Annual administration report of the Civil Veterinary Department of India - 1898-1899
Year: 1898
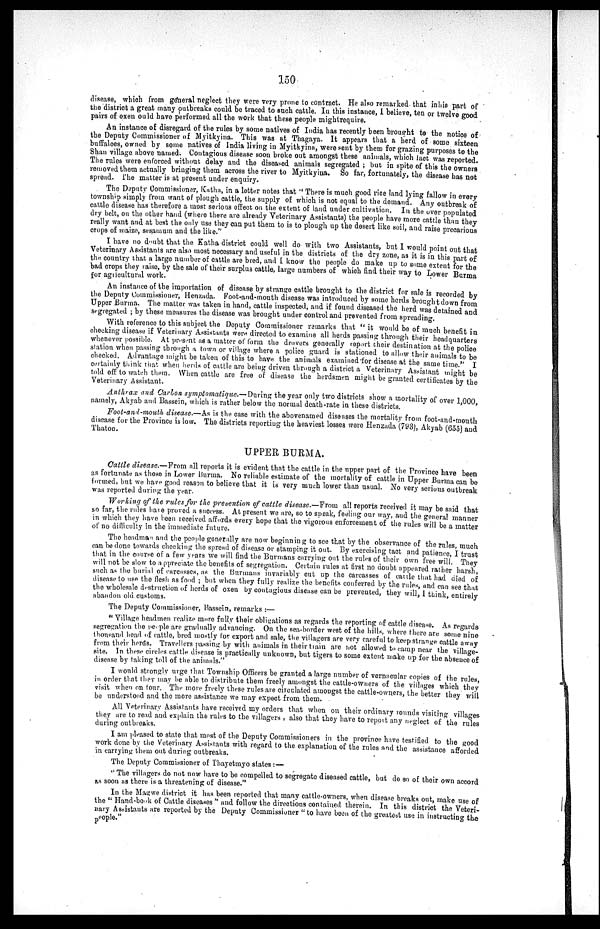
150
disease, which from general neglect they were very prone to contract. He also remarked that in his part of
the district a great many outbreaks could be traced to such cattle. In this instance, I believe, ten or twelve good
pairs of oxen ould have performed all the work that these people mightrequire.
An instance of disregard of the rules by some natives of India has recently been brought to the notice of
the Deputy Commissioner of Myitkyina. This was at Thagaya. It appears that a herd of some sixteen
buffaloes, owned by some natives of India living in Myitkyina, were sent by them for grazing purposes to the
Shan village above named. Contagious disease soon broke out amongst these animals, which fact was reported.
The rules were enforced without delay and the diseased animals segregated; but in spite of this the owners
removed them actually bringing them across the river to Myitkyina. So far, fortunately, the disease has not
spread. The matter is at present under enquiry.
The Deputy Commissioner, Katha, in a letter notes that " There is much good rice land lying fallow in every
township simply from want of plough cattle, the supply of which is not equal to the demand. Any outbreak of
cattle disease has therefore a most serious effect on the extent of land under cultivation. In the over populated
dry belt, on the other hand (where there are already Veterinary Assistants) the people have more cattle than they
really want and at best the only use they can put them to is to plough up the desert like soil, and raise precarious
crops of maize, sesamum and the
like."
I have no doubt that the Katha district could well do with two Assistants, but I would point out that
Veterinary Assistants are also most necessary and useful in the districts of the dry zone, as it is in this part of
the country that a large number of cattle are bred, and I know the people do make up to some extent for the
bad crops they raise, by the sale of their surplus cattle, large numbers of which find their way to Lower Burma
for agricultural work.
An instance of the importation of disease by strange cattle brought to the district for sale is recorded by
the Deputy Commissioner, Henzada. Foot-and-mouth disease was introduced by some herds brought down from
Upper Burma. The matter was taken in hand, cattle inspected, and if found diseased the herd was detained and
segregated; by these measures the disease was brought under control and prevented from
spreading.
With reference to this subject the Deputy Commissioner remarks that "it would be of much benefit in
checking disease if Veterinary Assistants were directed to examine all herds passing through their headquarters
whenever possible. At present as a matter of form the drovers generally report their destination at the police
station when passing through a town or village where a police guard is stationed to allow their animals to be
checked. Advantage might be taken of this to have the animals examined for disease at the same time." I
certainly think that when herds of cattle are being driven through a district a Veterinary Assistant might be
told off to watch them. When cattle are free of disease the herdsmen might
Veterinary Assistant.
Anthrax and Carton symptomatique.— During the year only two districts show a mortality of over 1,000,
namely, Akyab and Bassein, which is rather below the
normal
death-rate
in
these
districts.
Foot-and-mouth disease.—As is the case with the abovenamed diseases the mortality from foot-and-mouth
disease for the Province is low. The districts reporting the heaviest losses were Henzada (793), Akyab (655) and
Thaton.
UPPER BURMA.
Cattel disease.—From all reports it is evident that the cattle in the upper part of the Province have been
as fortunate as those in Lower Burma. No reliable estimate of the mortality of cattle in Upper Burma can be
formed, but we have good reason to believe that it is very much lower than usual. No very serious outbreak
was reported during the year.
Working of the rules for the prevention of cattle disease.-From
all reports received it may be said that
so far, the rules have proved a success. At present we are, so to speak, feeling our way, and the general manner
in which they have been received affords every hope that the vigorous enforcement of the rules will be a matter
of no difficulty in the immediate future.
The headman and the people generally are now beginning to see that by the observance of the rules, much
can be done towards checking the spread of disease or stamping it out. By exercising tact and patience, I trust
that in the course of a few years we will find the Burmans carrying out the rules of their own free will. They
will not be slow to appreciate the benefits of segregation. Certain rules at first no doubt appeared rather harsh.
such as the burial of carcasses, as the Burmans invariably cut up the carcasses of cattle that had died of
disease to use the flesh as food ; but when they fully realize the benefits conferred by the rules, and can see that
the wholesale destruction of herds of oxen by contagious disease can be prevented, they will, I think, entirely
abandon old customs.
The Deputy Commissioner, Bassein, remarks:—
"Village headmen realize more fully their obligations as regards the reporting of cattle disease. As regards
segregation the people are gradually advancing. On the sea-border west of the hills, where there are some nine
thousand head of cattle, bred mostly for export and sale, the villagers are very careful to keep strange cattle away
from their herds. Travellers passing by with animals in their train are not allowed to camp near the village-
site. In these circles cattle disease is practically unknown, but tigers to some extent make up for the absence of
disease by taking toll of the animals."
I would strongly urge that Township Officers be granted a large number of vernacular copies of the rules,
in order that they may be able to distribute them freely amongst the cattle-owners of the villages which they
visit when on tour. The more freely these rules are circulated amongst the cattle-owners, the better they will
be understood and the more assistance we may expect from them.
All Veterinary Assistants have received my orders that when on their ordinary rounds visiting villages
they are to read and explain the rules to the villagers, also that they have to report any neglect of the rules
during outbreaks.
I am pleased to state that most of the Deputy Commissioners in the province have testified to the good
work done by the Veterinary Assistants with regard to the explanation of the rules and the assistance afforded
in carrying them out during
outbreaks.
The Deputy Commissioner of Thayetmyo states:—
"The villagers do not now have to be compelled to segregate diseased cattle, but do so of their own accord
as soon as there is a threatening of disease."
In the Magwe district it has been reported that many cattle-owners, when disease breaks out, make use of
the "Hand-book of Cattle diseases" and follow the directions contained therein. In this district the Veteri-
nary Assistants are reported by the Deputy Commissioner "to have been of the greatest use in instructing the
people."